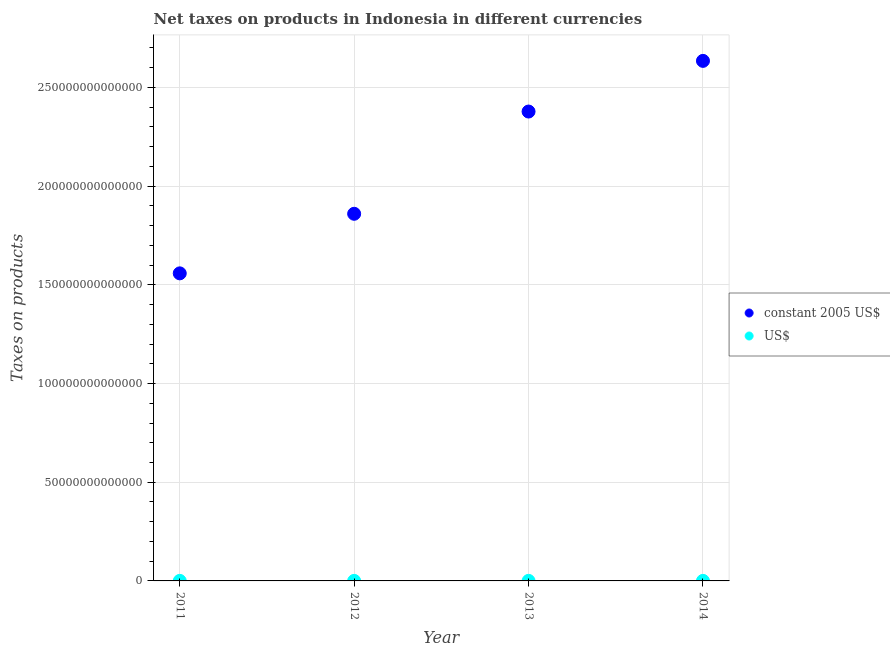
| Year | constant 2005 US$ | US$ |
 | --- | --- | --- |
 | 2011 | 1.56e+14 | 1.78e+10 |
 | 2012 | 1.86e+14 | 1.98e+10 |
 | 2013 | 2.38e+14 | 2.27e+10 |
 | 2014 | 2.63e+14 | 2.22e+10 |